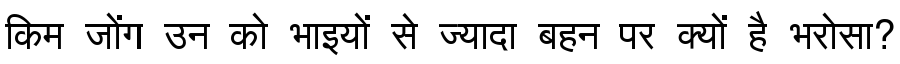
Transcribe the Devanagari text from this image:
किम जोंग उन को भाइयों से ज्यादा बहन पर क्यों है भरोसा?